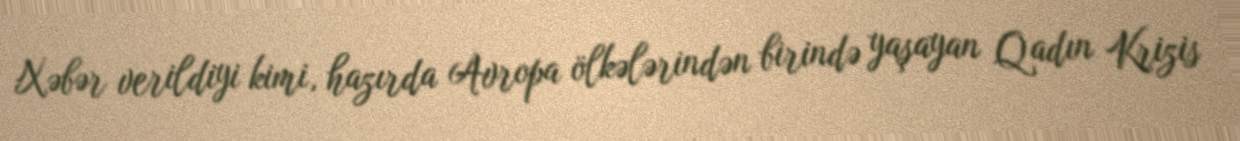
Xəbər verildiyi kimi, hazırda Avropa ölkələrindən birində yaşayan Qadın Krizis